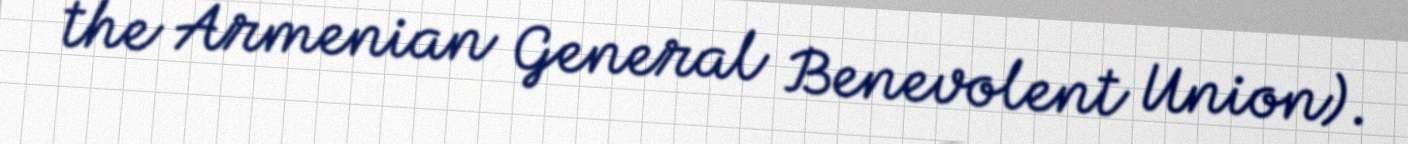
the Armenian General Benevolent Union).